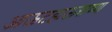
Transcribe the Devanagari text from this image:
आऊटहाऊसच्या